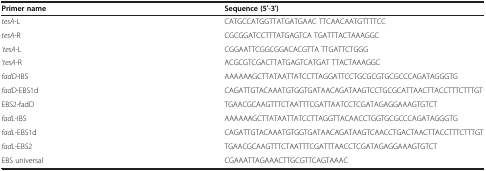
<table><thead><tr><td><b>Primer name</b></td><td><b>Sequence (5′-3′)</b></td></tr></thead><tbody><tr><td><i>tesA</i>-L</td><td>CATGCCATGGTTATGATGAAC TTCAACAATGTTTTCC</td></tr><tr><td><i>tesA</i>-R</td><td>CGCGGATCCTTTATGAGTCA TGATTTACTAAAGGC</td></tr><tr><td><i>‘tesA</i>-L</td><td>CGGAATTCGGCGGACACGTTA TTGATTCTGGG</td></tr><tr><td><i>‘tesA</i>-R</td><td>ACGCGTCGACTTATGAGTCATGAT TTACTAAAGGC</td></tr><tr><td><i>fadD</i>-IBS</td><td>AAAAAAGCTTATAATTATCCTTAGGATTCCTGCGCGTGCGCCCAGATAGGGTG</td></tr><tr><td><i>fadD</i>-EBS1d</td><td>CAGATTGTACAAATGTGGTGATAACAGATAAGTCCTGCGCATTAACTTACCTTTCTTTGT</td></tr><tr><td>EBS2-fadD</td><td>TGAACGCAAGTTTCTAATTTCGATTAATCCTCGATAGAGGAAAGTGTCT</td></tr><tr><td><i>fadL</i>-IBS</td><td>AAAAAAGCTTATAATTATCCTTAGGTTACAACCTGGTGCGCCCAGATAGGGTG</td></tr><tr><td><i>fadL</i>-EBS1d</td><td>CAGATTGTACAAATGTGGTGATAACAGATAAGTCAACCTGACTAACTTACCTTTCTTTGT</td></tr><tr><td><i>fadL</i>-EBS2</td><td>TGAACGCAAGTTTCTAATTTCGATTTAACCTCGATAGAGGAAAGTGTCT</td></tr><tr><td>EBS universal</td><td>CGAAATTAGAAACTTGCGTTCAGTAAAC</td></tr></tbody></table>